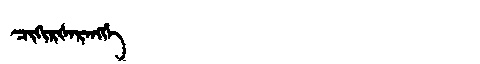
Manchu: ᠴᡳᡴᡳᡵᡧᠠᡵᠠᠩᡤᡝ
Romanization: CIKIRŠARANGGE